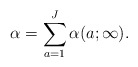
\begin{align*}\alpha = \sum_{a=1}^J\alpha (a;\infty ).\end{align*}